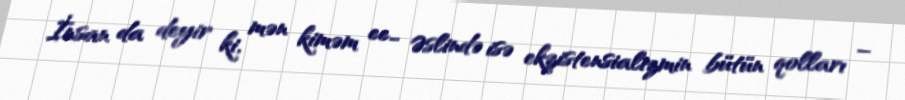
İnsan da deyir ki, mən kiməm ee… Əslində isə ekzistensializmin bütün qolları –